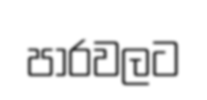
පාරවලට